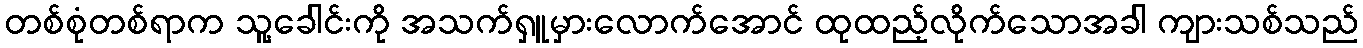
တစ်စုံတစ်ရာက သူ့ခေါင်းကို အသက်ရှူမှားလောက်အောင် ထုထည့်လိုက်သောအခါ ကျားသစ်သည်